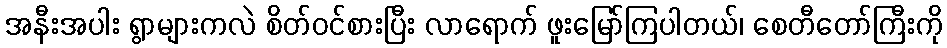
အနီးအပါး ရွာများကလဲ စိတ်ဝင်စားပြီး လာရောက် ဖူးမြော်ကြပါတယ်၊ စေတီတော်ကြီးကို